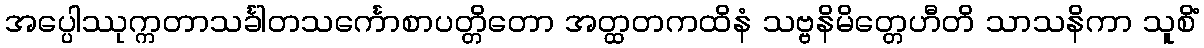
အပ္ပေါဿုက္ကတာသင်္ခါတသင်္ကောစာပတ္တိတော အတ္ထတကထိနံ သဗ္ဗနိမိတ္တေဟီတိ သာသနိကာ သူစိံ